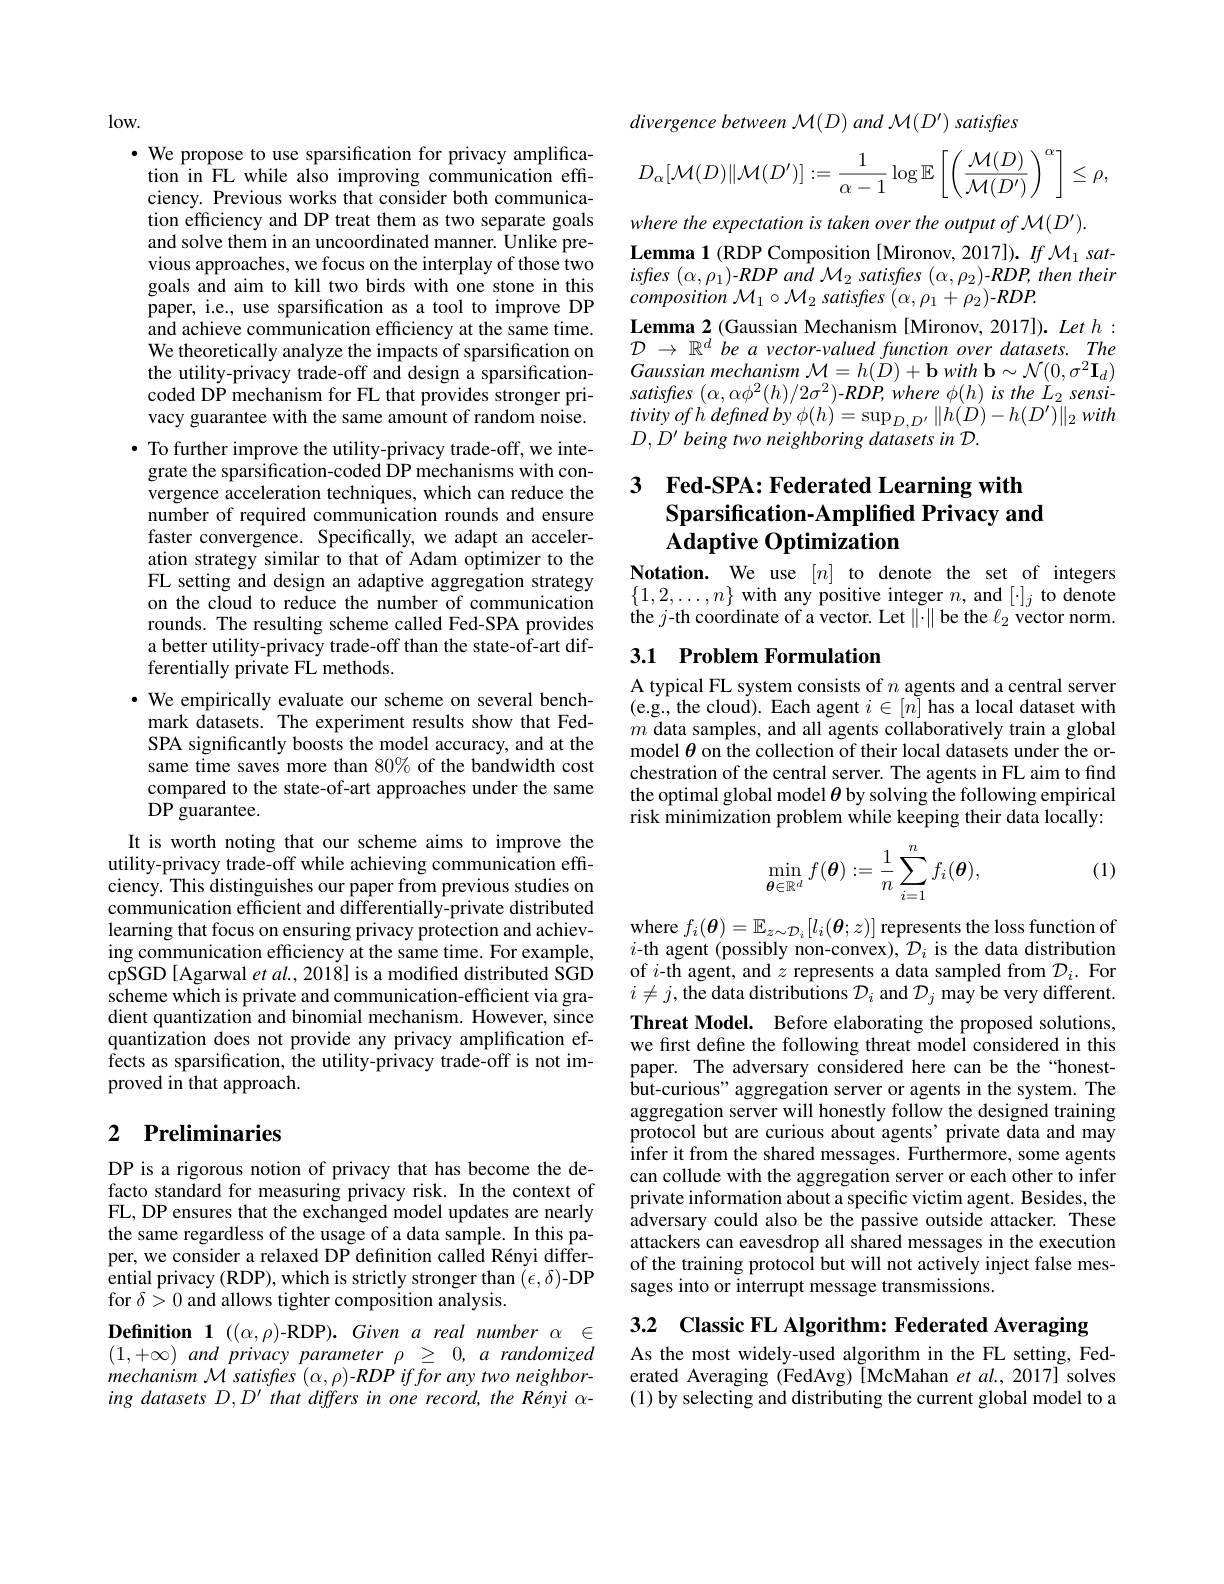
$\log$W.
· We propose to use sparsification for privacy amplifica-
tion in FL while also improving communication effciency. Previous works that consider both communication efficiency and DP treat them as two separate goals and solve them in an uncoordinated manner. Unlike previous approaches, we focus on the interplay of those two goals and aim to kill two birds with one stone in this paper, i.e., use sparsification as a tool to improve DP and achieve communication efficiency at the same time. We theoretically analyze the impacts of sparsification on the utility-privacy trade-off and design a sparsificationcoded DP mechanism for FL that provides stronger privacy guarantee with the same amount of random noise. $\bullet$ To further improve the utility-privacy trade-off, we integrate the sparsification-coded DP mechanisms with convergence acceleration techniques, which can reduce the number of required communication rounds and ensure faster convergence. Specifically, we adapt an acceleration strategy similar to that of Adam optimizer to the FL setting and design an adaptive aggregation strategy on the cloud to reduce the number of communication rounds. The resulting scheme called Fed-SPA provides a better utility-privacy trade-off than the state-of-art differentially private FL methods.
· We empirically evaluate our scheme on several bench-
mark datasets. The experiment results show that FedSPA significantly boosts the model accuracy, and at the same time saves more than 80% of the bandwidth cost compared to the state-of-art approaches under the same DP guarantee.
It is worth noting that our scheme aims to improve the utility-privacy trade-off while achieving communication efficiency. This distinguishes our paper from previous studies on communication efficient and differentially-private distributed learning that focus on ensuring privacy protection and achieving communication efficiency at the same time. For example, cpSGD [Agarwal et al., 201$\dot{8}]$ is a modifed distributed SGD scheme which is private and communication-efficient via gradient quantization and binomial mechanism. However, since quantization does not provide any privacy amplification effects as sparsification, the utility-privacy trade-off is not improved in that approach. 2 $\textbf{Preliminaries}$

DP is a rigorous notion of privacy that has become the defacto standard for measuring privacy risk. In the context of FL, DP ensures that the exchanged model updates are nearly the same regardless of the usage of a data sample. In this paper, we consider a relaxed DP definition called Rényi differential privacy (RDP), which is strictly stronger than $(\epsilon,\delta)$-DP for $\delta>0$ and allows tighter composition analysis.
Definition 1 ((α,ρ)-RDP). Given a real number $\alpha\in$ $( 1, + \infty )$ and privacy parameter $\rho$ $\geq$ 0, $a$ randomized mechanism M satisfres $(\alpha,\rho)$-RDP iffor any two neighboring datasets D,D' that differs in one record, the Rényi α-
$$D_\alpha[\mathcal{M}(D)\|\mathcal{M}(D')]:=\frac{1}{\alpha-1}\log\mathbb{E}\left[\left(\frac{\mathcal{M}(D)}{\mathcal{M}(D')}\right)^\alpha\right]\leq\rho,$$
where the expectation is taken over the output of M(D').
$\textbf{Lemma 1}($RDP Composition[Mironov, 2017]). If {M}1~satisftes $( \alpha , \rho _{1})$-RDP and $\mathcal{M}_2$ satisfres $(\alpha,\rho_{2})$-RDP, then their $composition~\mathcal{M}_{1}\circ\mathcal{M}_{2}~satisfles~(\alpha,\rho_{1}+\rho_{2})-RDP.$
Lemma 2 (Gaussian Mechanism [Mironov, 2017]). Let h : $\mathcal{D}$ $\to$ $\mathbb{R} ^d$ be a vector-valued function over datasets. The Gaussianmechanism $\mathcal{M} = h( \dot{D} ) + \mathbf{b}$ with $\mathbf{b} \sim \mathcal{N} ( 0, \sigma ^{2}\mathbf{I} _{d})$ satisfres $( \alpha , \alpha \phi ^{2}( h) / 2\sigma ^{2}) - RDP, where$ $\phi ( h)$ $is$ the $\dot{L} _{2}$ $sensi-$ tivityofh defined $by$ $\phi ( h) = \sup _{D, D^{\prime }}\| h( D) - h( D^{\prime }) \| _{2}$ with $D,D^{\prime}$ being two neighboring datasets in D.

# 3 Fed-SPA: Federated Learning with Sparsification-Amplified Privacy and $\mathbf{Adaptive~Optimization}$

Notation. We use $[n]$ to denote the set of integers $\{1,2,\ldots,n\}$ with any positive integer $n$, and $[\cdot]_j$ to denote the $j$-th coordinate of a vector. Let $\|\cdot\|$ be the $\ell_2$ vector norm.

## 3.1 Problem Formulation

A typical FL system consists of $n$ agents and a central server (e.g., the clou$\tilde{\mathrm{d}}).$ Each agent $i\in[n]$ has a local dataset with $m$ data samples, and all agents collaboratively train a global model $\theta$ on the collection of their local datasets under the orchestration of the central server. The agents in FL aim to find the optimal global model $\theta$ by solving the following empirical risk minimization problem while keeping their data locally:

(1)
$$\min\limits_{\boldsymbol{\theta}\in\mathbb{R}^d}f(\boldsymbol{\theta}):=\frac{1}{n}\sum\limits_{i=1}^nf_i(\boldsymbol{\theta}),$$
where $f_i(\boldsymbol{\theta})=\mathbb{E}_{z\sim\mathcal{D}_i}[l_i(\boldsymbol{\theta};z)]$ represents the loss function of $i$-th agent (possibly non-convex), $\mathcal{D}_i$ is the data distribution of $i$-th agent, and $z$ represents a data sampled from $D_i.$ For $i\neq j$,the data distributions $\mathcal{D}_i$ and $\mathcal{D}_j$ may be very different. Threat Model. Before elaborating the proposed solutions, we first define the following threat model considered in this paper. The adversary considered here can be the“honestbut-curious" aggregation server or agents in the system. The aggregation server will honestly follow the designed training protocol but are curious about agents' private data and may infer it from the shared messages. Furthermore, some agents can collude with the aggregation server or each other to infer private information about a specific victim agent. Besides, the adversary could also be the passive outside attacker. These attackers can eavesdrop all shared messages in the execution of the training protocol but will not actively inject false messages into or interrupt message transmissions.

3.2 Classic FL Algorithm: Federated Averaging

As the most widely-used algorithm in the FL setting, Federated Averaging (FedAvg) [McMahan et al., 2017] solves (1) by selecting and distributing the current global model to a